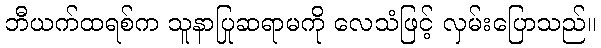
ဘီယက်ထရစ်က သူနာပြုဆရာမကို လေသံဖြင့် လှမ်းပြောသည်။